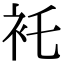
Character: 𧘐